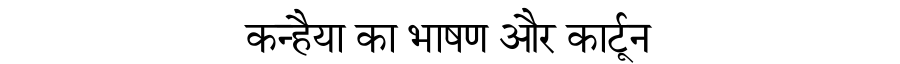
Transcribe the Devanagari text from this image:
कन्हैया का भाषण और कार्टून